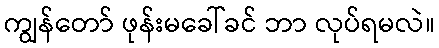
ကျွန်တော် ဖုန်းမခေါ်ခင် ဘာ လုပ်ရမလဲ။